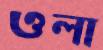
ওলা